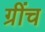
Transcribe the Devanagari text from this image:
ग्रींच